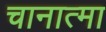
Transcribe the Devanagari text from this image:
चानात्मा